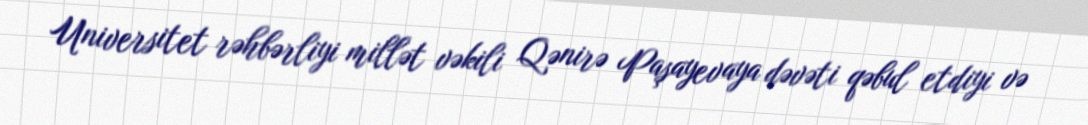
Universitet rəhbərliyi millət vəkili Qənirə Paşayevaya dəvəti qəbul etdiyi və